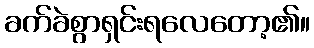
ခက်ခဲစွာရှင်းရလေတော့၏။